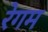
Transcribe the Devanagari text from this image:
रेगम